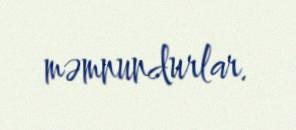
məmnundurlar.